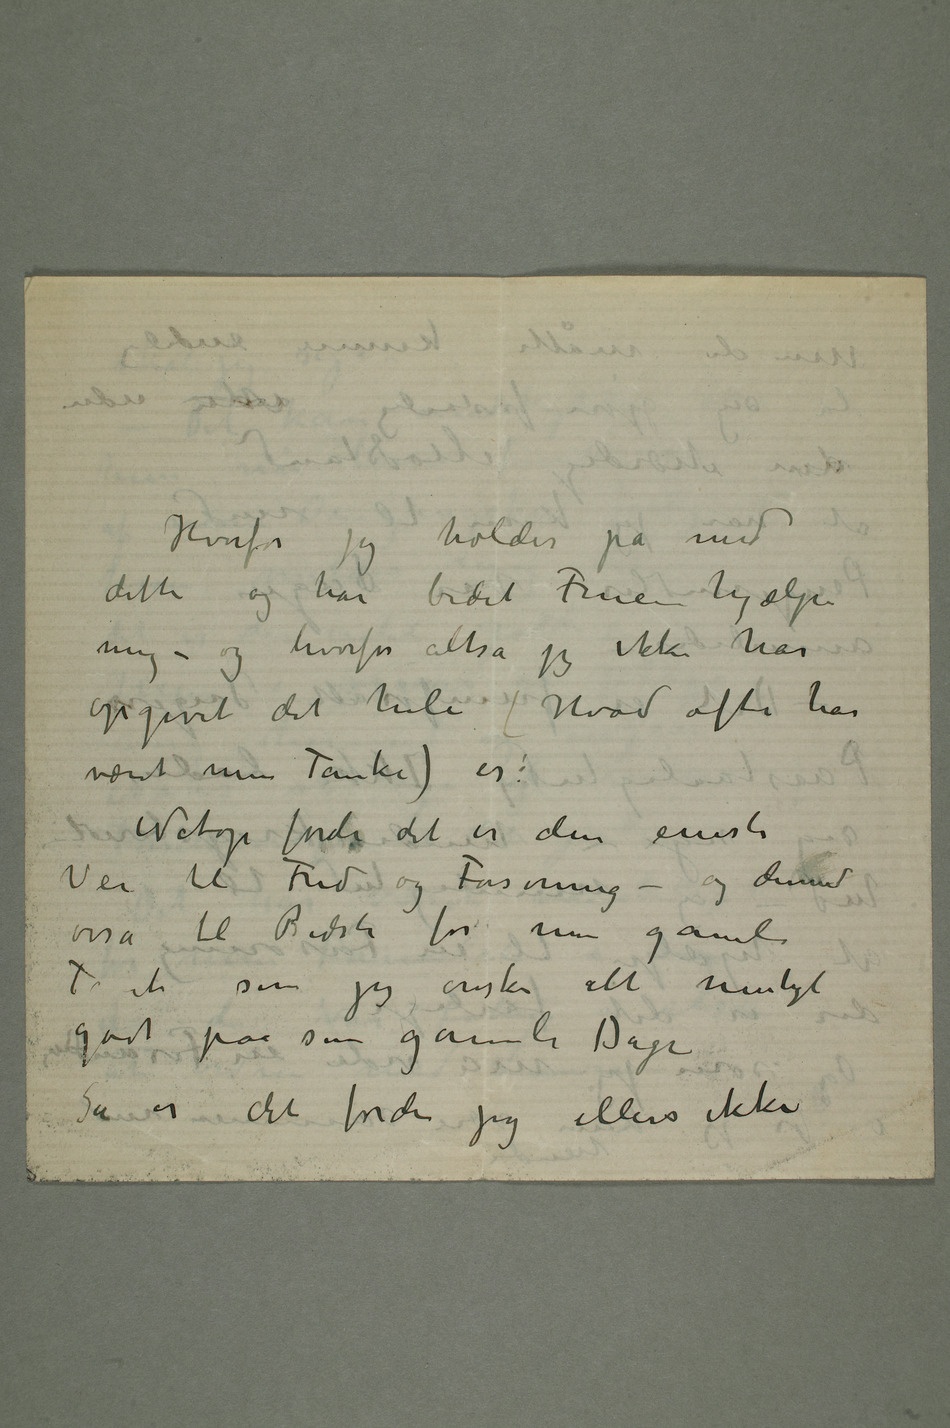
Hvorfor jeg holder på med
dette og har bedet Fruen hjælpe
mig – og hvorfor altså jeg ikke har
opgivet det hele (Hvad ofte har
været min Tanke) er:
Netop fordi det er den eneste
Vei til Fred og Forsoning – og dermed
osså til Bedste for min gamle
Tante som jeg ønsker alt muligt
godt paa sine gamle Dage
Så er det fordi jeg ellers ikke